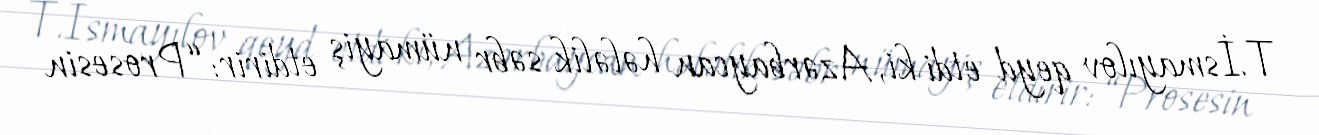
T.İsmayılov qeyd etdi ki, Azərbaycan hələlik səbr nümayiş etdirir: “Prosesin